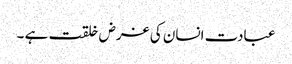
عبادت انسان کی غرض خلقت ہے ۔